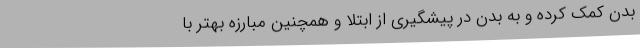
بدن کمک کرده و به بدن در پیشگیری از ابتلا و همچنین مبارزه بهتر با